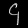
Digit: ၄